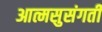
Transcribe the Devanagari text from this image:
आत्मसुसंगती